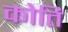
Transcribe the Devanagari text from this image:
कोति